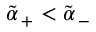
\tilde { \alpha } _ { \, + } < \tilde { \alpha } _ { \, - }